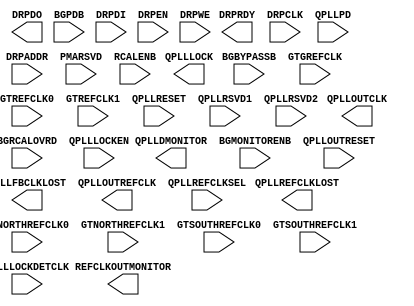
///////////////////////////////////////////////////////
//  Copyright (c) 2010 Xilinx Inc.
//  All Right Reserved.
///////////////////////////////////////////////////////
//
//   ____   ___
//  /   /\/   / 
// /___/  \  /     Vendor      : Xilinx 
// \  \    \/      Version : 10.1
//  \  \           Description : Xilinx Formal Library Component
//  /  /                      
// /__/   /\       Filename    : GTXE2_COMMON.v
// \  \  /  \ 
//  \__\/\__ \                    
//                                 
//  Revision:		1.0
//  11/10/09 - CR - Initial version
///////////////////////////////////////////////////////////

`timescale 1 ps / 1 ps 

module GTXE2_COMMON (
  DRPDO,
  DRPRDY,
  QPLLDMONITOR,
  QPLLFBCLKLOST,
  QPLLLOCK,
  QPLLOUTCLK,
  QPLLOUTREFCLK,
  QPLLREFCLKLOST,
  REFCLKOUTMONITOR,

  BGBYPASSB,
  BGMONITORENB,
  BGPDB,
  BGRCALOVRD,
  DRPADDR,
  DRPCLK,
  DRPDI,
  DRPEN,
  DRPWE,
  GTGREFCLK,
  GTNORTHREFCLK0,
  GTNORTHREFCLK1,
  GTREFCLK0,
  GTREFCLK1,
  GTSOUTHREFCLK0,
  GTSOUTHREFCLK1,
  PMARSVD,
  QPLLLOCKDETCLK,
  QPLLLOCKEN,
  QPLLOUTRESET,
  QPLLPD,
  QPLLREFCLKSEL,
  QPLLRESET,
  QPLLRSVD1,
  QPLLRSVD2,
  RCALENB
);

  parameter [63:0] BIAS_CFG = 64'h0000040000001000;
  parameter [31:0] COMMON_CFG = 32'h00000000;
  parameter [26:0] QPLL_CFG = 27'h0680181;
  parameter [3:0] QPLL_CLKOUT_CFG = 4'b0000;
  parameter [5:0] QPLL_COARSE_FREQ_OVRD = 6'b010000;
  parameter [0:0] QPLL_COARSE_FREQ_OVRD_EN = 1'b0;
  parameter [9:0] QPLL_CP = 10'b0000011111;
  parameter [0:0] QPLL_CP_MONITOR_EN = 1'b0;
  parameter [0:0] QPLL_DMONITOR_SEL = 1'b0;
  parameter [9:0] QPLL_FBDIV = 10'b0000000000;
  parameter [0:0] QPLL_FBDIV_MONITOR_EN = 1'b0;
  parameter [0:0] QPLL_FBDIV_RATIO = 1'b0;
  parameter [23:0] QPLL_INIT_CFG = 24'h000006;
  parameter [15:0] QPLL_LOCK_CFG = 16'h21E8;
  parameter [3:0] QPLL_LPF = 4'b1111;
  parameter integer QPLL_REFCLK_DIV = 2;
  parameter [2:0] SIM_QPLLREFCLK_SEL = 3'b001;
  parameter SIM_RESET_SPEEDUP = "TRUE";
  parameter SIM_VERSION = "4.0";
  
  output DRPRDY;
  output QPLLFBCLKLOST;
  output QPLLLOCK;
  output QPLLOUTCLK;
  output QPLLOUTREFCLK;
  output QPLLREFCLKLOST;
  output REFCLKOUTMONITOR;
  output [15:0] DRPDO;
  output [7:0] QPLLDMONITOR;

  input BGBYPASSB;
  input BGMONITORENB;
  input BGPDB;
  input DRPCLK;
  input DRPEN;
  input DRPWE;
  input GTGREFCLK;
  input GTNORTHREFCLK0;
  input GTNORTHREFCLK1;
  input GTREFCLK0;
  input GTREFCLK1;
  input GTSOUTHREFCLK0;
  input GTSOUTHREFCLK1;
  input QPLLLOCKDETCLK;
  input QPLLLOCKEN;
  input QPLLOUTRESET;
  input QPLLPD;
  input QPLLRESET;
  input RCALENB;
  input [15:0] DRPDI;
  input [15:0] QPLLRSVD1;
  input [2:0] QPLLREFCLKSEL;
  input [4:0] BGRCALOVRD;
  input [4:0] QPLLRSVD2;
  input [7:0] DRPADDR;
  input [7:0] PMARSVD;

endmodule